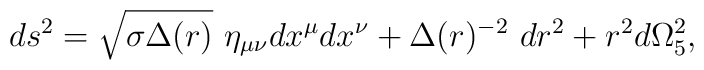
ds^2=\sqrt{\sigma\Delta(r)}~\eta_{\mu\nu}dx^\mu dx^\nu     +\Delta(r)^{-2}~dr^2 + r^2d\Omega_5^2,